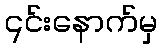
၎င်းနောက်မှ